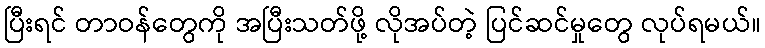
ပြီးရင် တာဝန်တွေကို အပြီးသတ်ဖို့ လိုအပ်တဲ့ ပြင်ဆင်မှုတွေ လုပ်ရမယ်။